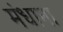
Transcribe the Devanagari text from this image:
मंधाना